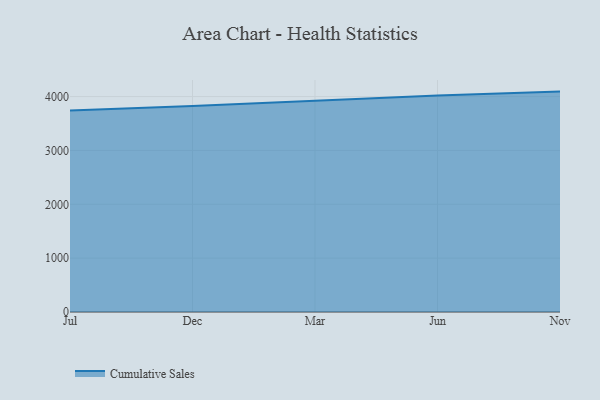
{"axis": {"x": "Month", "y": "Active Users"}, "legend": ["Cumulative Sales"], "data": [{"x": "Jul", "y": 3742.4, "type": "Cumulative Sales"}, {"x": "Dec", "y": 3824.1, "type": "Cumulative Sales"}, {"x": "Mar", "y": 3922.9, "type": "Cumulative Sales"}, {"x": "Jun", "y": 4022.6, "type": "Cumulative Sales"}, {"x": "Nov", "y": 4092.7, "type": "Cumulative Sales"}]}